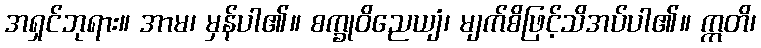
အရှင်ဘုရား။ အာမ၊ မှန်ပါ၏။ စက္ခုဝိညေယျံ၊ မျက်စိဖြင့်သိအပ်ပါ၏။ ဣတိ၊